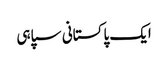
ایک پاکستانی سپاہی